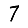
Digit: 7